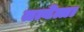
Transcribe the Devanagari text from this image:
तत्वेत्ता